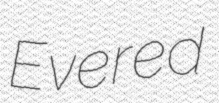
Evered